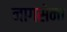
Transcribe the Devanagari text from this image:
नागसेना